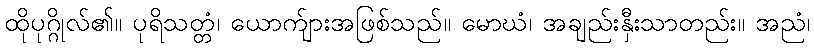
ထိုပုဂ္ဂိုလ်၏။ ပုရိသတ္တံ၊ ယောက်ျားအဖြစ်သည်။ မောဃံ၊ အချည်းနှီးသာတည်း။ အညံ၊